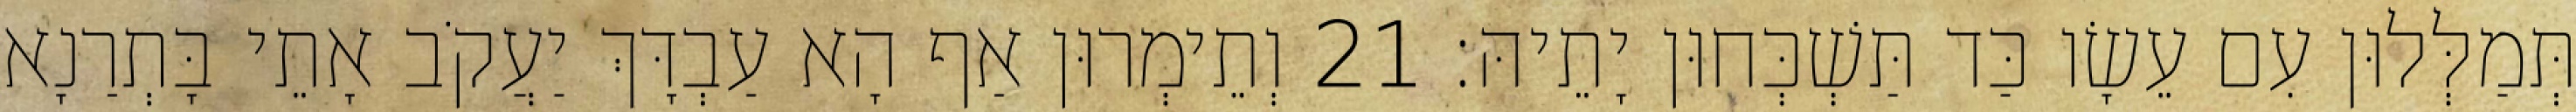
תְּמַלְּלוּן עִם עֵשָׂו כַּד תַּשְׁכְּחוּן יָתֵיהּ׃ 21 וְתֵימְרוּן אַף הָא עַבְדָּךְ יַעֲקֹב אָתֵי בָּתְרַנָא